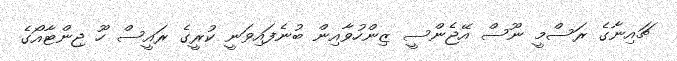
ޗައިނާގެ ރަސްމީ ނޫސް އޭޖެންސީ ޒިންހުވާއިން ބުނެފައިވަނީ ކުރީގެ ރައީސް ހޫ ޖިންޓާއޯގެ